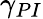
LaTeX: \gamma_{PI}